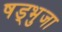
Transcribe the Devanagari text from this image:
षड्भुजा